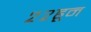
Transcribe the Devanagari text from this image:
२२हून